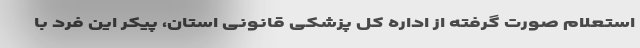
استعلام صورت گرفته از اداره کل پزشکی قانونی استان، پیکر این فرد با